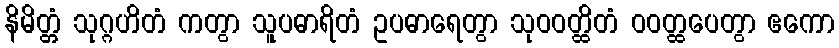
နိမိတ္တံ သုဂ္ဂဟိတံ ကတွာ သူပဓာရိတံ ဥပဓာရေတွာ သုဝဝတ္ထိတံ ဝဝတ္ထပေတွာ ဧကော